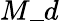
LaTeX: M\_ d